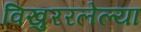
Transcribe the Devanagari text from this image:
विखुररलेल्या